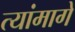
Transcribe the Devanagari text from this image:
त्यांमागे